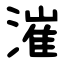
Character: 漼